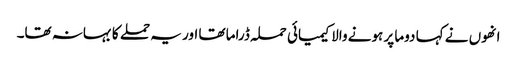
انھوں نے کہا دوما پر ہونے والا کیمیائی حملہ ڈراما تھا اور یہ حملے کا بہانہ تھا۔